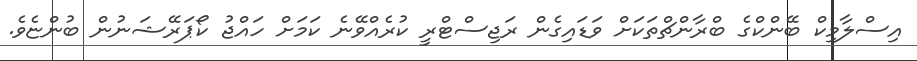
އިސްލާމިކް ބޭންކްގެ ބްރާންޗްތަކަށް ވަޑައިގެން ރަޖިސްޓްރީ ކުރެއްވޭނެ ކަމަށް ހައްޖު ކޯޕަރޭޝަނުން ބުންޏެވެ.